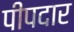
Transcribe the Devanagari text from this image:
पीपदार